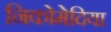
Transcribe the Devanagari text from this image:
निकोमेदिया